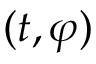
( t , \varphi )